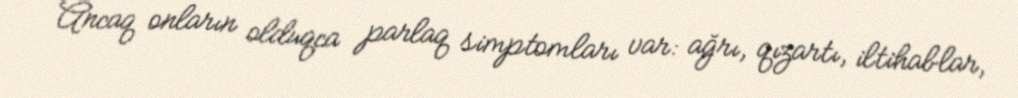
Ancaq onların olduqca parlaq simptomları var: ağrı, qızartı, iltihablar,